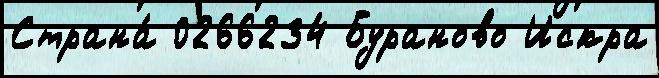
Страна́ 0266234 Бураново Искра